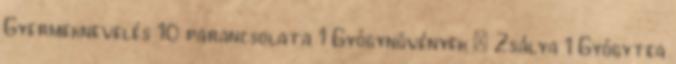
Gyermeknevelés 10 parancsolata 1 Gyógynövények : Zsálya 1 Gyógytea